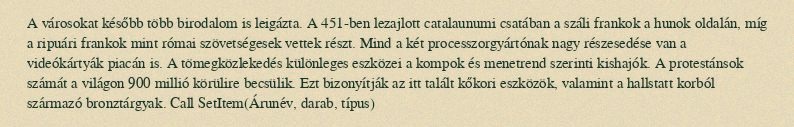
A városokat később több birodalom is leigázta. A 451-ben lezajlott catalaunumi csatában a száli frankok a hunok oldalán, míg a ripuári frankok mint római szövetségesek vettek részt. Mind a két processzorgyártónak nagy részesedése van a videókártyák piacán is. A tömegközlekedés különleges eszközei a kompok és menetrend szerinti kishajók. A protestánsok számát a világon 900 millió körülire becsülik. Ezt bizonyítják az itt talált kőkori eszközök, valamint a hallstatt korból származó bronztárgyak. Call SetItem(Árunév, darab, típus)